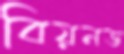
বিয়নড